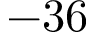
- 3 6